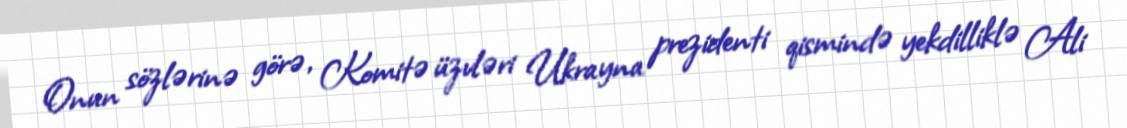
Onun sözlərinə görə, Komitə üzvləri Ukrayna prezidenti qismində yekdilliklə Ali